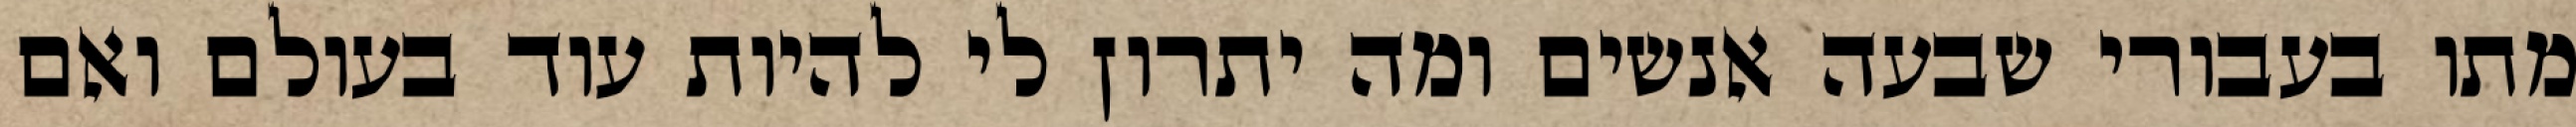
מתו בעבורי שבעה אנשים ומה יתרון לי להיות עוד בעולם ואם